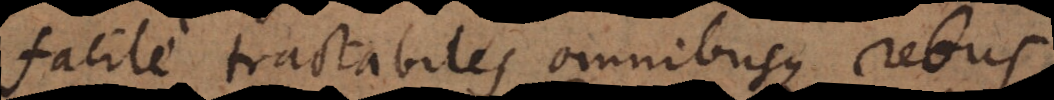
facile tractabiles omnibusque rebus